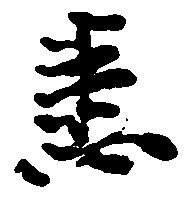
悉